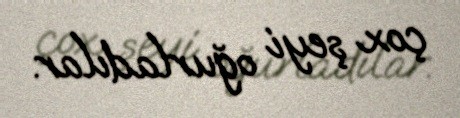
çox şeyi oğurladılar.